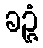
ခဉ္ဇံ